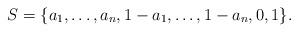
LaTeX: \begin{align*}S=\{a_{1},\dots,a_{n},1-a_{1},\dots,1-a_{n},0,1\}.\end{align*}